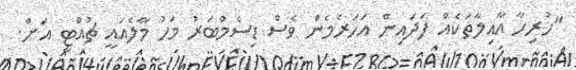
"ހުރިހާ އާއިލާތަކެއް ފަދައިން އަހަރެމެން ވެސް ޑިސެމްބަރު މަހު މާލެއައީ ޗުއްޓީ އަށް.